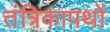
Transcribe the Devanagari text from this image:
तंत्रिकापथों